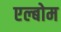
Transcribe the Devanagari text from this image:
एल्बोम